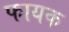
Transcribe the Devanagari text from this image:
फायक